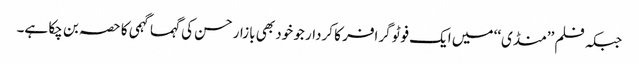
جبکہ فلم ’’منڈی‘‘ میں ایک فوٹو گرافر کا کردار جو خود بھی بازار حسن کی گہما گہمی کا حصہ بن چکا ہے۔